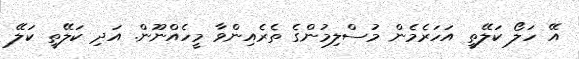
އޭ ހަލޯ ކަލޭތީ އަހަރެމެން މުސްލިމުންގެ ތެރެއިންވާ މީހެއްނޫން. އަދި ކަލޭތީ ކަލޭ